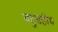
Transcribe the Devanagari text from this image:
बहुग्रहीय